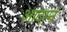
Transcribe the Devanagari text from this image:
आदानं